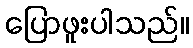
ပြောဖူးပါသည်။